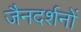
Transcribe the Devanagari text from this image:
जैनदर्शनों